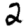
Digit: 2